Illuka_vallavalitsus, lk 15
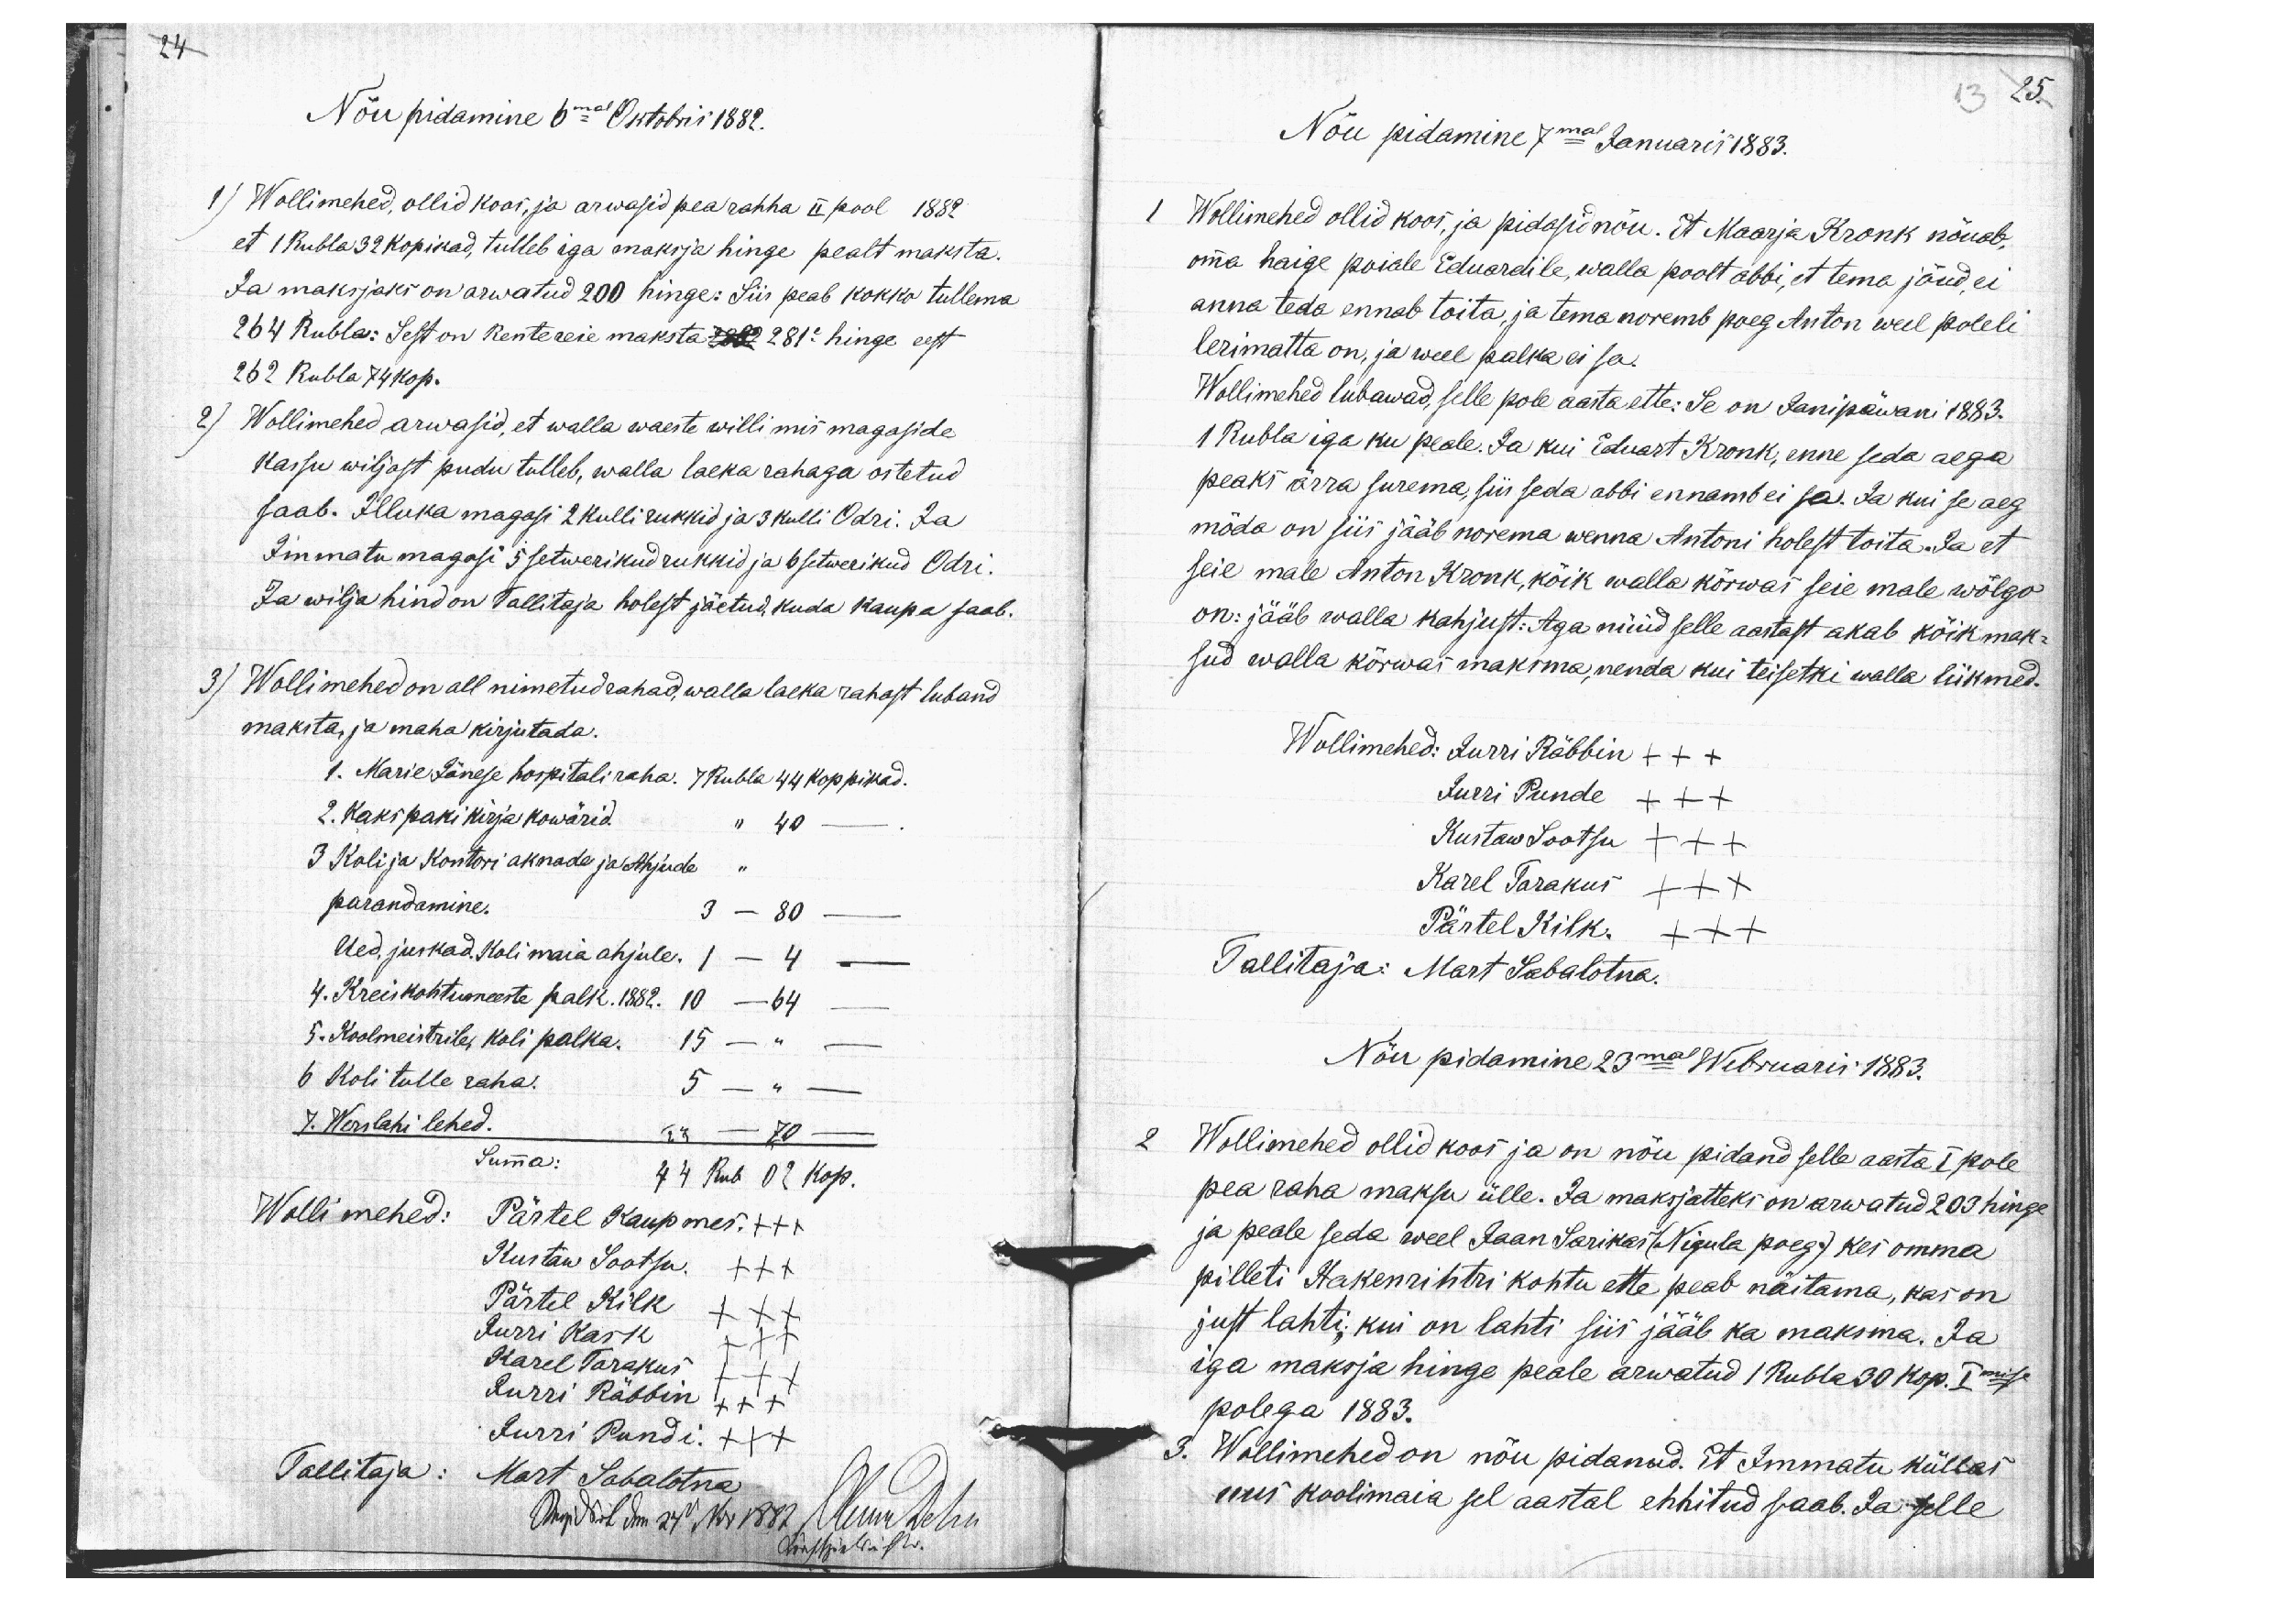
24
Nõu pidamine 6mal Oktobris 1882.
1) Wollimehed, ollid koos, ja arwasid pea rahha II pool 1882
et 1 Rubla 32 kopikad, tulleb iga maksja hinge pealt maksta.
Ja maksjaks on arwatud 200 hinge: Siis peab kokko tullema
264 Rubla: Sest on Rentereie maksta 2882 281e hinge eest
262 Rubla 74 kop.
2) Wollimehed arwasid, et walla waeste willi mis magaside
Kassu wiljast pudu tulleb, walla laeka rahaga ostetud
saab. Illuka magasi 2 kulli rukkid ja 3 kulli Odri. Ja
Immatu magasi 5 setwerikud rukkid ja 6 setwerikud Odri.
Ja wilja hind on Tallitaja holest jäetud, kuda kaupa saab.
3) Wollimehed on all nimetud rahad, walla laeka rahast luband
maksta, ja maha kirjutada.
1. Marie Jänese hospitali raha. 7 Rubla 44 koppikad.
2. Kaks paki kirja kowärid. " 40 -
3 Koli ja Kontori aknade ja Ahjude "
parandamine. 3 - 80 -
Ued, juskad. Koli maia ahjule. 1 - 4 -
4. Kreiskohtumeeste palk. 1882. 10 - 64 -
5. Koolmeistrile, koli palka. 15 - " -
6 Koli tulle raha. 5 - " -
7. Werslahi lehed. 23 - 70 -
Summa: 44 Rub 02 kop.
Wolli mehed: Pärtel Kaupmes. +++
Kustaw Sootsu. XXX
Pärtel Kilk XXX
Jurri Kask XXX
Karel Tarakus XXX
Jurri Räbbin XXX
Jurri Pundi. XXX
Tallitaja: Mart Sabalotna

13 25
Nõu pidamine 7mal Januaris 1883.
1 Wollimehed ollid koos, ja pidasid nõu. Et Maarja Kronk nõuab,
omma haige poiale Eduardile, walla poolt abbi, et tema jõud, ei
anna teda ennab toita, ja tema noremb poeg Anton weel poleli
lerimatta on, ja weel palka ei sa.
Wollimehed lubawad, selle pole aasta ette: Se on Janipäwani 1883.
1 Rubla iga ku peale. Ja kui Eduart Kronk, enne seda aega
peaks ärra surema, siis seda abbi ennamb ei sa. Ja kui se aeg
möda on siis jääb norema wenna Antoni holest toita. Ja et
seie male Anton Kronk, kõik walla kõrwas seie male wõlgo
on: jääb walla kahjust: Aga nüüd selle aastast akab kõik mak-
sud walla kõrwas maksma, nenda kui teisetki walla liikmed.
Wollimehed: Jurri Räbbin +++
Jurri Punde XXX
Kustaw Sootsu XXX
Karel Tarakus XXX
Pärtel Kilk. XXX
Tallitaja: Mart Sabalotna.
Nõu pidamine 23mal Webruaris 1883.
2 Wollimehed ollid koos ja on nõu pidand selle aasta I pole
pea raha maksu ülle. Ja maksjatteks on arwatud 203 hinge
ja peale seda weel Jaan Sarikas (Nigula poeg) kes omma
pilleti Hakenrihtri kohtu ette peab näitama, kas on
just lahti, kui on lahti siis jääb ka maksma. Ja
iga maksja hinge peale arwatud 1 Rubla 30 kop. Imise
polega 1883.
3. Wollimehed on nõu pidanud. Et Immatu küllas
uus koolimaia sel aastal ehhitud saab. Ja selle